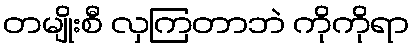
တမျိုးစီ လှကြတာဘဲ ကိုကိုရာ